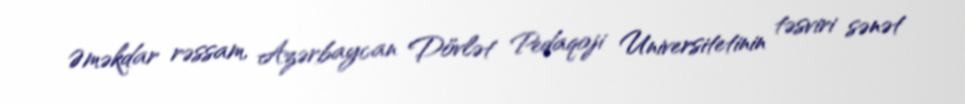
Əməkdar rəssam, Azərbaycan Dövlət Pedaqoji Universitetinin təsviri sənət